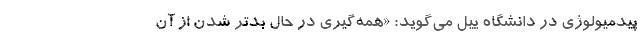
پیدمیولوژی در دانشگاه ییل می‌گوید: «همه‌گیری در حال بدتر شدن از آن